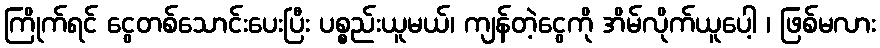
ကြိုက်ရင် ငွေတစ်သောင်းပေးပြီး ပစ္စည်းယူမယ်၊ ကျန်တဲ့ငွေကို အိမ်လိုက်ယူပေါ့ ၊ ဖြစ်မလား